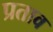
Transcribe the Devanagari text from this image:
प्रताव